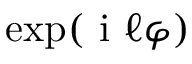
\exp ( \mathrm { ~ i ~ } \ell \varphi )